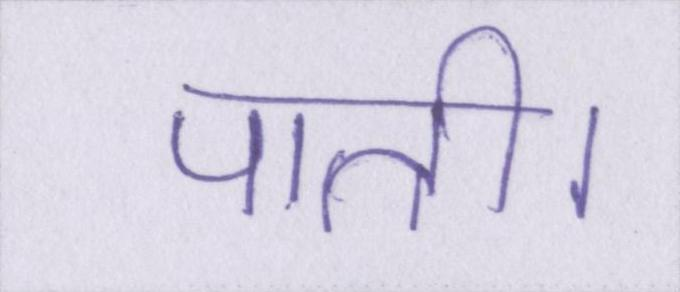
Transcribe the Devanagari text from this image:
पाती।